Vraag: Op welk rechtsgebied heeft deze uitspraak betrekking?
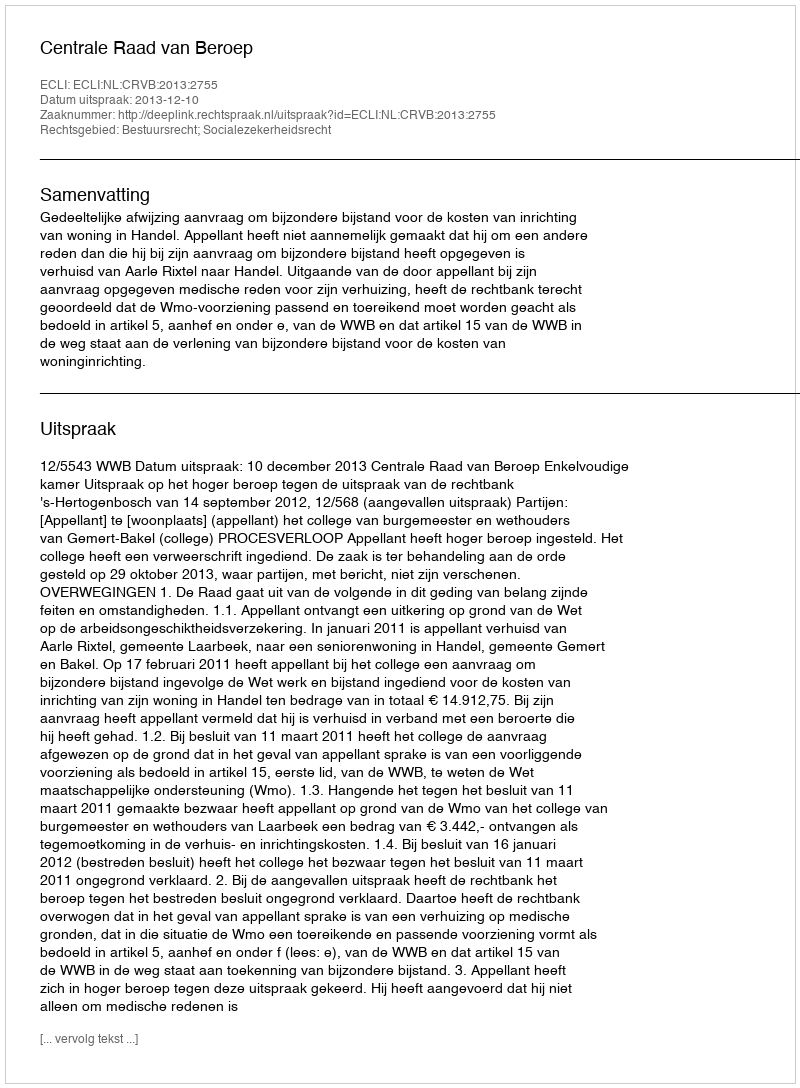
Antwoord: Bestuursrecht; Socialezekerheidsrecht